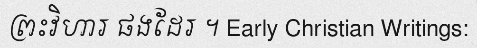
ព្រះវិហារ ផងដែរ ។ Early Christian Writings: